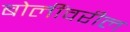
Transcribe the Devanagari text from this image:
बोलींवरील